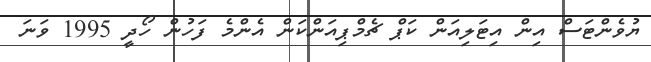
ޔުވެންޓަސް އިން އިޓަލިއަން ކަޕް ޗެމްޕިއަންކަން އެންމެ ފަހުން ހޯދީ 1995 ވަނަ